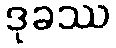
ဒုခဿ